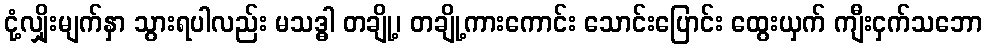
ငုံ့လျှိုးမျက်နှာ သွားရပါလည်း မသဒ္ဓါ တချို့၊ တချို့ကားကောင်း သောင်းပြောင်း ထွေးယှက် ကျီးငှက်သဘော